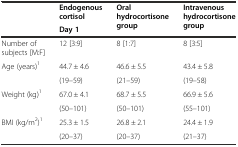
<table><thead><tr><td rowspan="2"></td><td><b>Endogenous cortisol</b></td><td rowspan="2"><b>Oral hydrocortisone group</b></td><td rowspan="2"><b>Intravenous hydrocortisone group</b></td></tr><tr><td><b>Day 1</b></td></tr></thead><tbody><tr><td>Number of subjects [M:F]</td><td>12 [3:9]</td><td>8 [1:7]</td><td>8 [3:5]</td></tr><tr><td rowspan="2">Age (years)<sup>1</sup></td><td>44.7 ± 4.6</td><td>46.6 ± 5.5</td><td>43.4 ± 5.8</td></tr><tr><td>(19–59)</td><td>(21–59)</td><td>(19–58)</td></tr><tr><td rowspan="2">Weight (kg)<sup>1</sup></td><td>67.0 ± 4.1</td><td>68.7 ± 5.5</td><td>66.9 ± 5.6</td></tr><tr><td>(50–101)</td><td>(50–101)</td><td>(55–101)</td></tr><tr><td rowspan="2">BMI (kg/m<sup>2</sup>)<sup>1</sup></td><td>25.3 ± 1.5</td><td>26.8 ± 2.1</td><td>24.4 ± 1.9</td></tr><tr><td>(20–37)</td><td>(20–37)</td><td>(21–37)</td></tr></tbody></table>